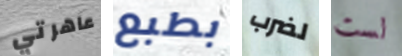
عاهرتي بطبع لضرب لست